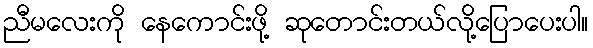
ညီမလေးကို နေကောင်းဖို့ ဆုတောင်းတယ်လို့ပြောပေးပါ။